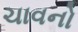
ચાવનો